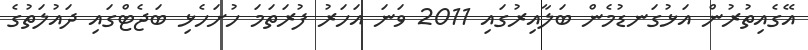
އޭގެއިތުރުން އަޅުގަނޑުމެން ބަލާއިރުގައި 2011 ވަނަ އަހަރު ފުރަތަމަ ހުށަހެޅި ބަޖެޓްގައި ދައުލަތުގެ